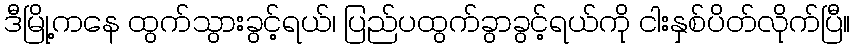
ဒီမြို့ကနေ ထွက်သွားခွင့်ရယ်၊ ပြည်ပထွက်ခွာခွင့်ရယ်ကို ငါးနှစ်ပိတ်လိုက်ပြီ။